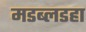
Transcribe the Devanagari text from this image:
मडब्लडहा